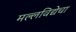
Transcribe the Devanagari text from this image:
मल्लविद्येचा